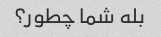
بله شما چطور؟